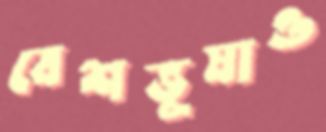
বেশভূষাও